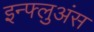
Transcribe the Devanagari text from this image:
इन्फ्लुअंस